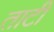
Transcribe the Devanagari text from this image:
ताटीं